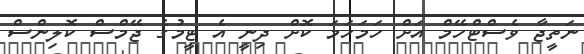
ނަތީޖާ ވެސްޓްހޭމް އަށް ހަމަހަމަ ކޮށް ދިނީ އެ ޓީމުގެ ޖޭމްސް ކޮލިންސް